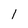
Character: 1